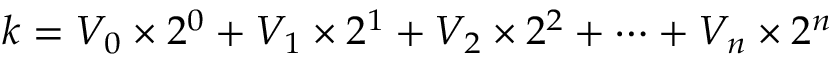
k = V _ { 0 } \times 2 ^ { 0 } + V _ { 1 } \times 2 ^ { 1 } + V _ { 2 } \times 2 ^ { 2 } + \dots + V _ { n } \times 2 ^ { n }